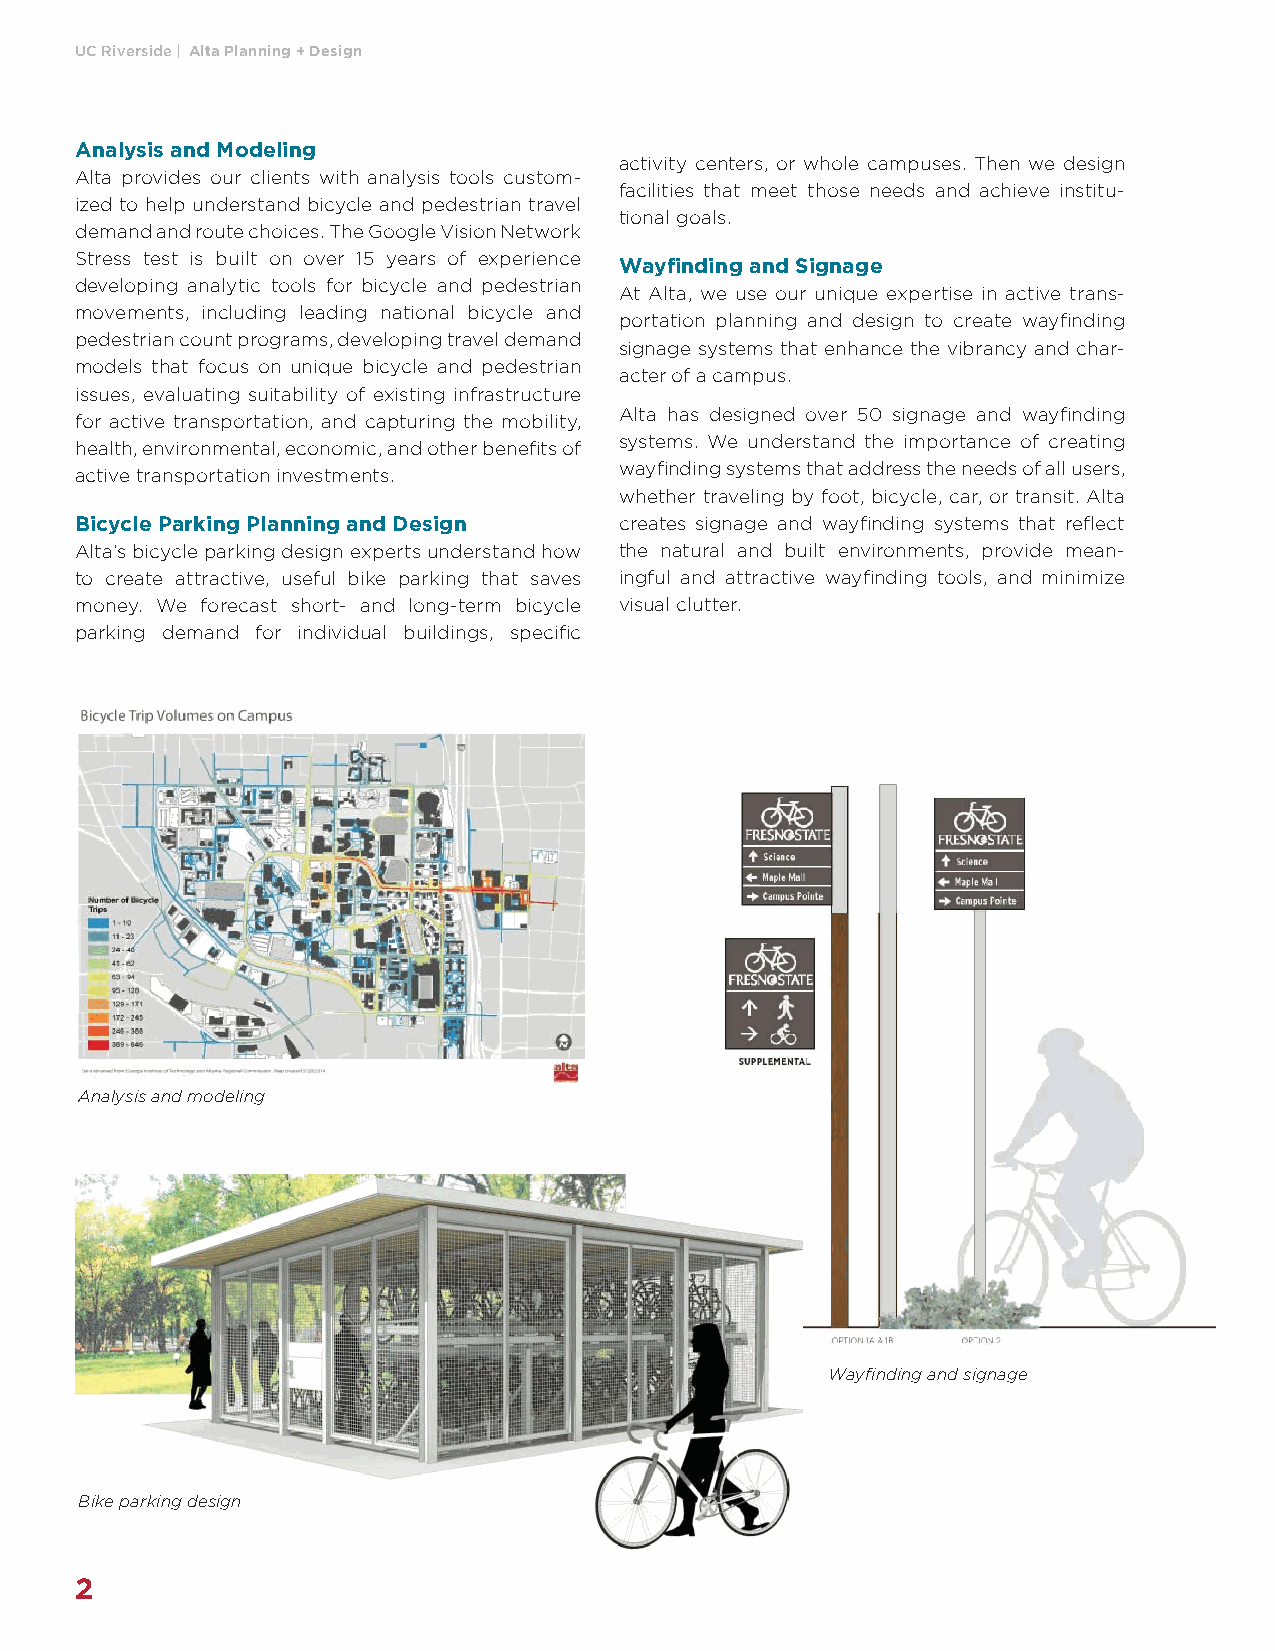
UC Riverside | Alta Planning + Design
 Analysis and Modeling
 activity centers, or whole campuses. Then we design
 Alta provides our clients with analysis tools custom-
 facilities that meet those needs and achieve institu-
 ized to help understand bicycle and pedestrian travel
 tional goals.
 demand and route choices. The Google Vision Network
 Stress test is built on over 15 years of experience Wayfi nding and Signage
 developing analytic tools for bicycle and pedestrian
 At Alta, we use our unique expertise in active trans-
 movements, including leading national bicycle and
 portation planning and design to create wayfi nding
 pedestrian count programs, developing travel demand
 signage systems that enhance the vibrancy and char-
 models that focus on unique bicycle and pedestrian
 acter of a campus.
 issues, evaluating suitability of existing infrastructure
 Alta has designed over 50 signage and wayfi nding
 for active transportation, and capturing the mobility,
 systems. We understand the importance of creating
 health, environmental, economic, and other benefi ts of
 wayfi nding systems that address the needs of all users,
 active transportation investments.
 whether traveling by foot, bicycle, car, or transit. Alta
 Bicycle Parking Planning and Design creates signage and wayfi nding systems that refl ect
 Alta’s bicycle parking design experts understand how the natural and built environments, provide mean-
 to create attractive, useful bike parking that saves ingful and attractive wayfi nding tools, and minimize
 money. We forecast short- and long-term bicycle visual clutter.
 parking demand for individual buildings, specifi c
 Analysis and modeling
 Wayfi nding and signage
 Bike parking design
 2